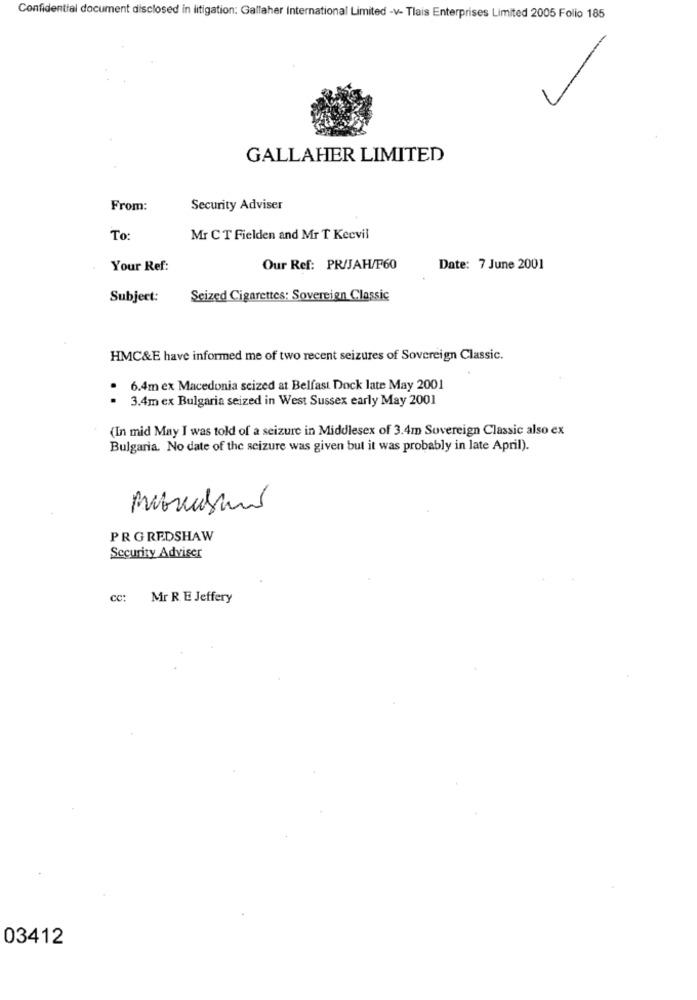
Confidential document disclosed in litigation: Gallaher International Limited -v- Tlais Enterprises Limited 2005 Folio 185
GALLAHER LIMITED
From:
Security Adviser
To:
Mr CT Fielden and Mr T Kecvil
Your Ref:
Our Ref: PR/JAH/F60
Date: 7 June 2001
Subject:
Seized Cigarettes: Sovereign Classic
HMC&E have informed me of two recent seizures of Sovereign Classic.
.
6.4m ex Macedonia seized at Belfast Dock late May 2001
3.4m ex Bulgaria seized in West Sussex early May 2001
(In mid May I was told of a seizure in Middlesex of 3.4m Sovereign Classic also ex
Bulgaria. No date of the seizure was given but it was probably in late April).
PR GREDSHAW
Security Adviser
cc:
Mr R. E Jeffery
03412